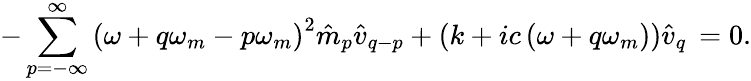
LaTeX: -\sum_{p=-\infty}^{\infty}\left(\omega+q\omega_{m}-p\omega_{m}\right)^{2}\hat{m}_{p}\hat{v}_{q-p}+\left(k+ic\left(\omega+q\omega_{m}\right)\right)\hat{v}_{q}\, =0.